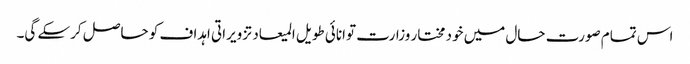
اس تمام صورت حال میں خود مختار وزارت توانائی طویل المیعاد تزویراتی اہداف کو حاصل کرسکے گی۔